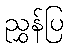
ညွှန်ပြ